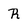
Character: R